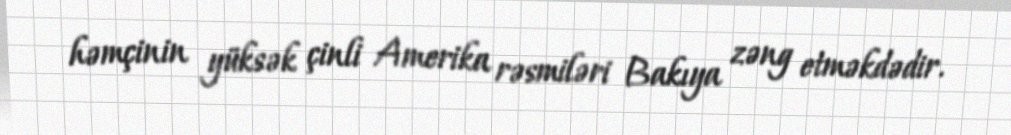
həmçinin yüksək çinli Amerika rəsmiləri Bakıya zəng etməkdədir.